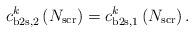
LaTeX: \begin{align*}c^k_{\mathrm{b2s},2} \left( N_{\mathrm{scr}} \right) = c^k_{\mathrm{b2s},1}\left( N_{\mathrm{scr}} \right).\end{align*}